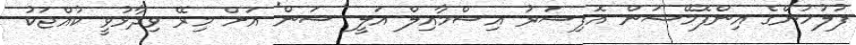
ފުލުހުންގެ އިންފޮމޭޝަން އޮފިސަރު އިސްމާއިލް އަލީ 'ސަން' އަށް މިރޭ ވިދާޅުވީ ކުއްޖަކު